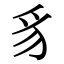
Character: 豸